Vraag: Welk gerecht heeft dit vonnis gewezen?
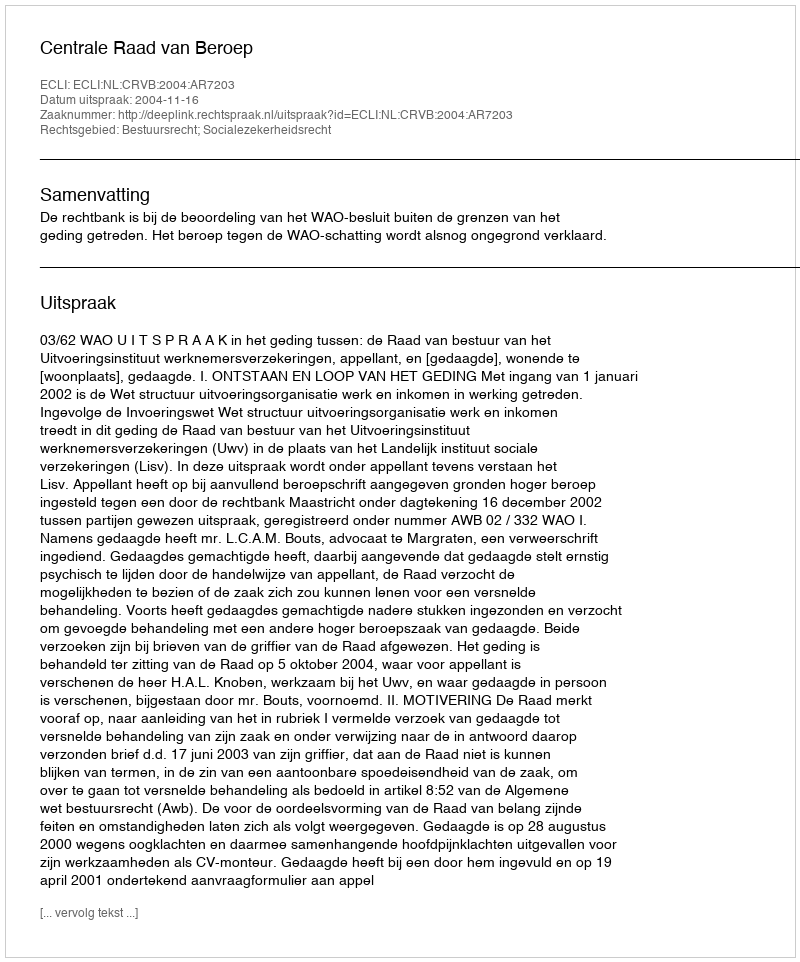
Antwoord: Centrale Raad van Beroep